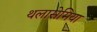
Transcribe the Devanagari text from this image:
थलासेमिया